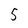
Character: 5